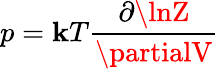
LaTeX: p=\mathbf{k}T{\frac{{\partial\lnZ}}{{\partialV}}}